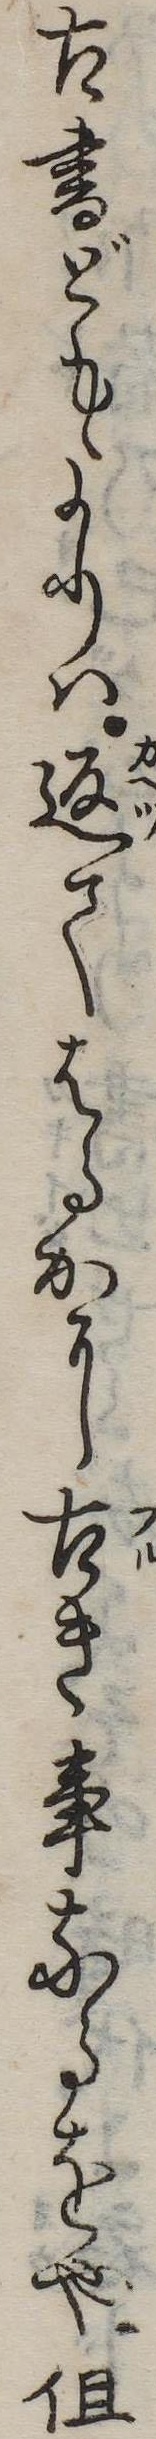
古書どもよりは返てはるかに古き事なるをや但